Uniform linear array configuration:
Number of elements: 48
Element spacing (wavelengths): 0.5
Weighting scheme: hamming
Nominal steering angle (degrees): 30
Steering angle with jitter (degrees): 31.974
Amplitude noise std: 0.05
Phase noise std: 0.05

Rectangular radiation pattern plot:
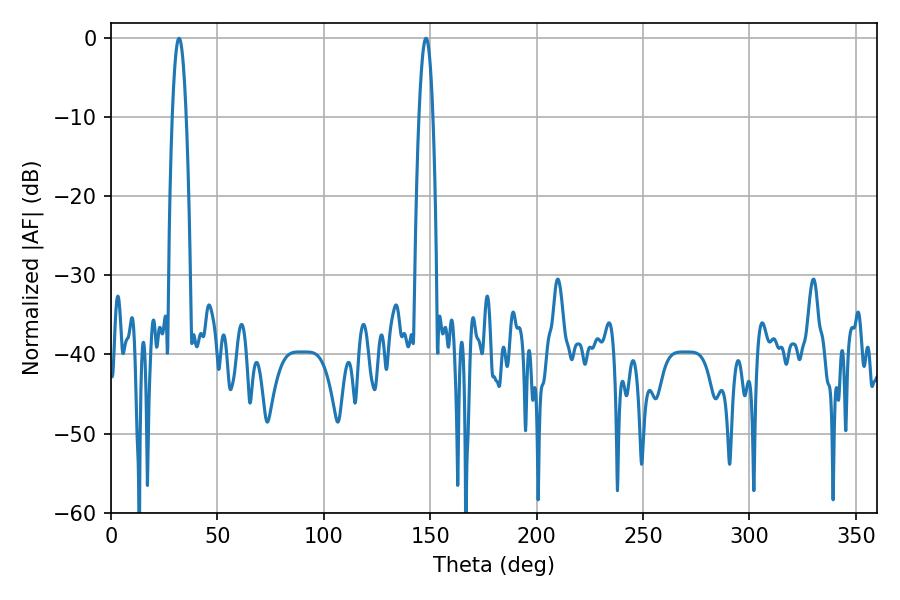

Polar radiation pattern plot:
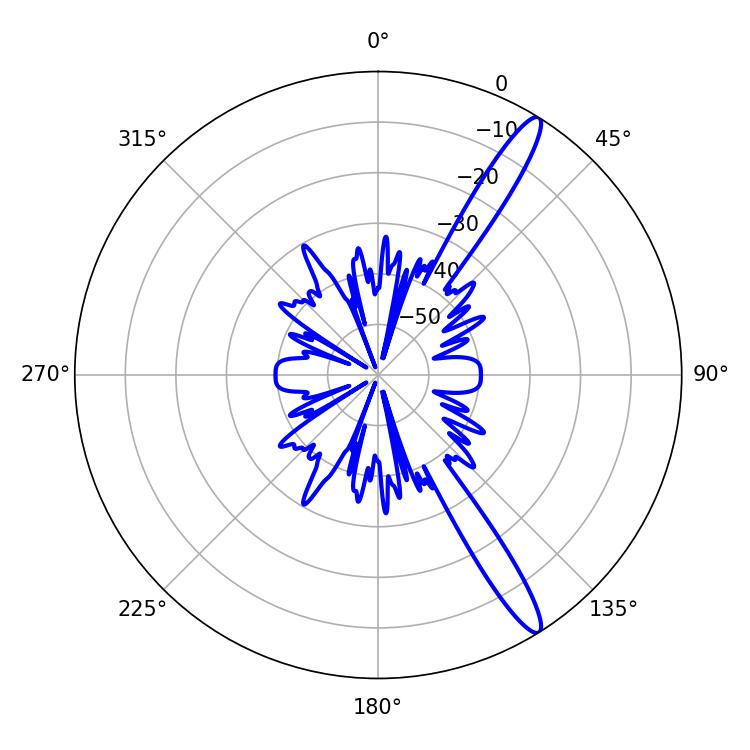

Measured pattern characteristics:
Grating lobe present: FALSE
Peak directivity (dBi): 14.407
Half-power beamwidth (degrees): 3.6
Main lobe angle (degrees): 32.04